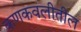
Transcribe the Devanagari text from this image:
कणकवलीतील